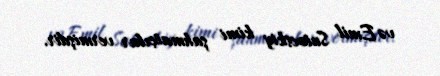
və Emil Sutocskiy kimi şahmatçılar vermişdir.